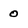
Character: o